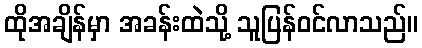
ထိုအချိန်မှာ အခန်းထဲသို့ သူပြန်ဝင်လာသည်။